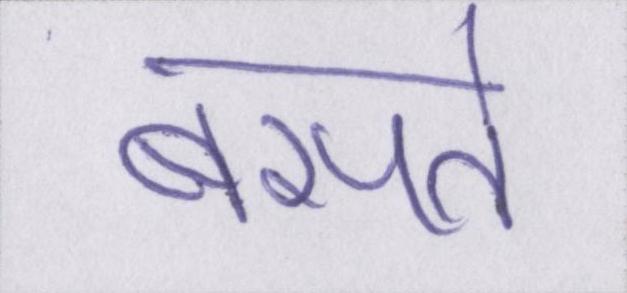
बसते